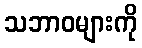
သဘာဝများကို